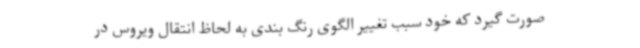
صورت گیرد که خود سبب تغییر الگوی رنگ بندی به لحاظ انتقال ویروس در